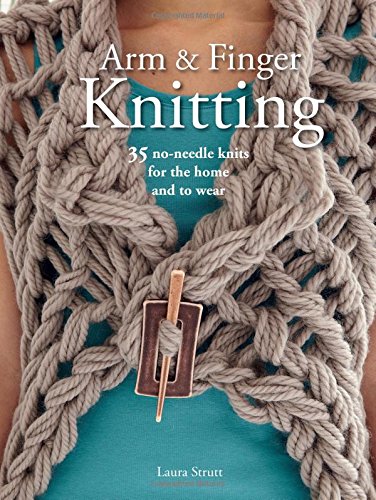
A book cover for Arm and Finger Knitting: 35 no-needle knits for the home and to wear; Laura Strutt; Crafts, Hobbies & Home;